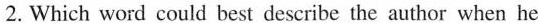
2.Which word could best describe the author when he